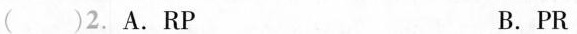
()2.A.RP B.PR